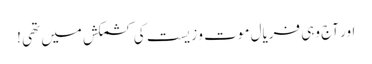
اور آج وہی فریال موت و زیست کی کشمکش میں تھی !